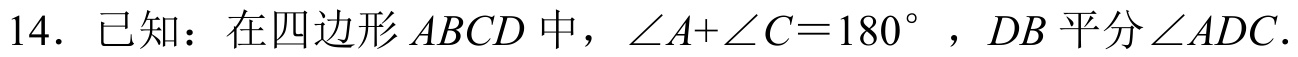
14. 已知：在四边形$ABCD$中，$\angle A+\angle C = 180^{\circ}$，$DB$平分$\angle ADC$.